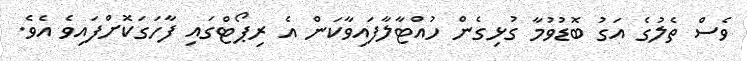
ވެސް ތެލުގެ އަގު ބޮޑުވުމާ ގުޅިގެން ހުއްޓާލާފައިވާކަން އެ ރިޕޯޓްގައި ފާހަގަކޮށްފައިވެ އެވެ.